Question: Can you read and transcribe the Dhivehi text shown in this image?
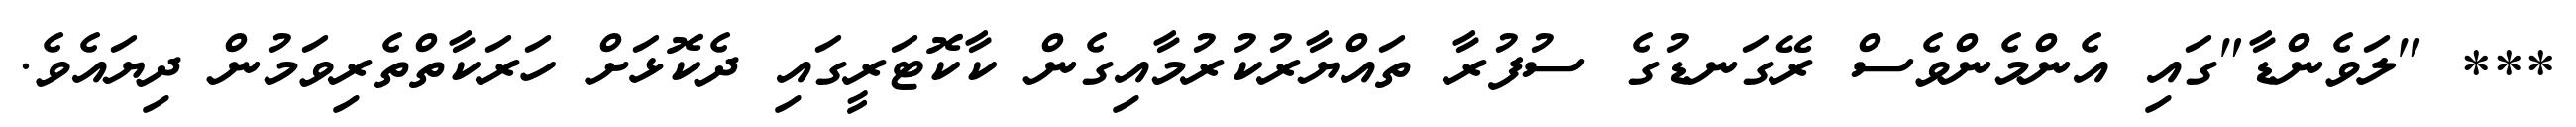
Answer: *** "ލަވެންޑާ"ގައި އެންމެންވެސް ރޭގަނޑުގެ ސުފުރާ ތައްޔާރުކުރުމާއިގެން ކާކޮޓަރީގައި ދެކޮޅަށް ހަރަކާތްތެރިވަމުން ދިޔައެވެ.